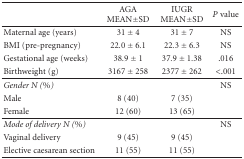
<table><thead><tr><td></td><td><b>AGA MEAN±SD</b></td><td><b>IUGR MEAN±SD</b></td><td><b><i>P</i> value</b></td></tr></thead><tbody><tr><td>Maternal age (years)</td><td>31 ± 4</td><td>31 ± 7</td><td>NS</td></tr><tr><td>BMI (pre-pregnancy)</td><td>22.0 ± 6.1</td><td>22.3 ± 6.3</td><td>NS</td></tr><tr><td>Gestational age (weeks)</td><td>38.9 ± 1</td><td>37.9 ± 1.38</td><td>.016</td></tr><tr><td>Birthweight (g)</td><td>3167 ± 258</td><td>2377 ± 262</td><td>&lt;.001</td></tr><tr><td><i>Gender N (%)</i></td><td></td><td></td><td>NS</td></tr><tr><td>Male</td><td>8 (40)</td><td>7 (35)</td><td></td></tr><tr><td>Female</td><td>12 (60)</td><td>13 (65)</td><td></td></tr><tr><td><i>Mode of delivery N (%)</i></td><td></td><td></td><td>NS</td></tr><tr><td>Vaginal delivery</td><td>9 (45)</td><td>9 (45)</td><td></td></tr><tr><td>Elective caesarean section</td><td>11 (55)</td><td>11 (55)</td><td></td></tr></tbody></table>